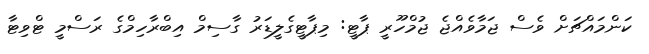
ކަންމައްޗަށް ވެސް ޖަމާވެއްޖެ ޖުމްހޫރީ ޕާޓީ: މިޕާޓީގެލީޑަރު ގާސިމް އިބްރާހިމްގެ ރަސްމީ ޓްވިޓާ